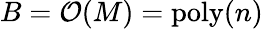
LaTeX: B={\cal{O}}(M)=\mathrm{poly}(n)